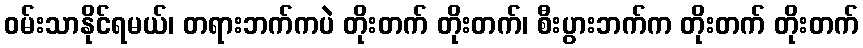
ဝမ်းသာနိုင်ရမယ်၊ တရားဘက်ကပဲ တိုးတက် တိုးတက်၊ စီးပွားဘက်က တိုးတက် တိုးတက်